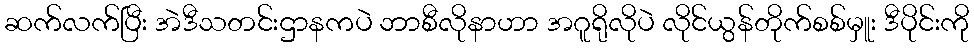
ဆက်လက်ပြီး အဲဒီသတင်းဌာနကပဲ ဘာစီလိုနာဟာ အဂူရိုလိုပဲ လိုင်ယွန်တိုက်စစ်မှူး ဒီပိုင်းကို